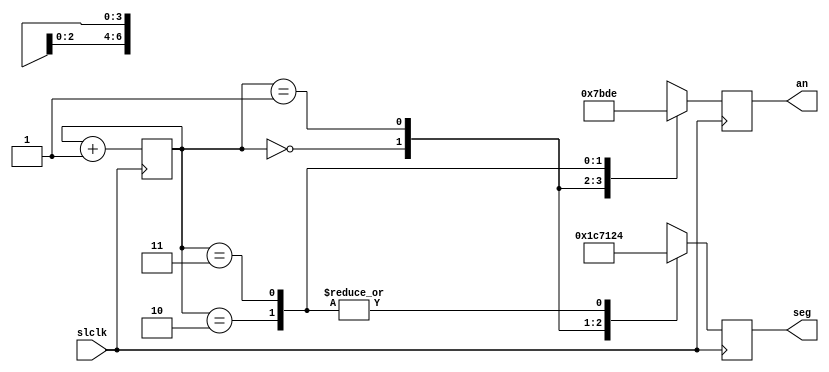
// Showloss module
// created by Jacob Ellington

module showLoss(input slclk,
	output reg [6:0] seg,
	output reg [3:0] an);
reg [1:0] counter = 0;
always @ (posedge slclk) begin
	case (counter)
	0: begin
		seg <= 7'b1110001;
		an <= 4'b0111;
		end
	1: begin
		seg <= 7'b1100010;
		an <= 4'b1011;
		end
	2: begin
		seg <= 7'b0100100;
		an <= 4'b1101;
		end
	3: begin
		seg <= 7'b0100100;
		an <= 4'b1110;
		end
	endcase
counter = counter + 1;
end
endmodule